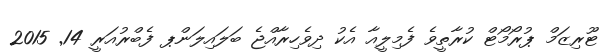
ޓޫރިޒަމް ޕުރޯމޯޓް ކުރާތީވެ ފެމިލީއާ އެކު ދިވެހިރާއްޖެ ބަލައިލަންޕ ފެބްރުއަރީ 14